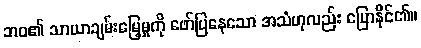
ဘဝ၏ သာယာချမ်းမြေ့မှုကို ဖော်ပြနေသော အသံဟုလည်း ပြောနိုင်၏။